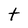
Character: t